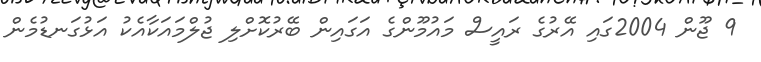
9 ޖޫން 2004ގައި އޭރުގެ ރައީސް މައުމޫންގެ އަގައިން ބޭރުކޮށްލި ޖުލްމައަކާއެކު އަޅުގަނޑުމެން